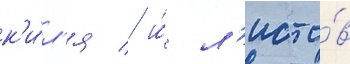
к'и́л'я / и́ л'исто́в